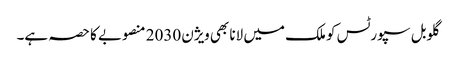
گلوبل سپورٹس کو ملک میں لانا بھی ویژن 2030 منصوبے کا حصہ ہے۔